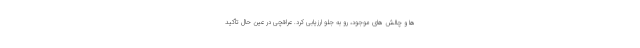
ها و چالش های موجود، رو به جلو ارزیابی کرد.‌ عراقچی در عین حال تأکید